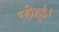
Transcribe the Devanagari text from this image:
रहीहुई।